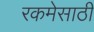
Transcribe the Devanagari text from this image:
रकमेसाठी